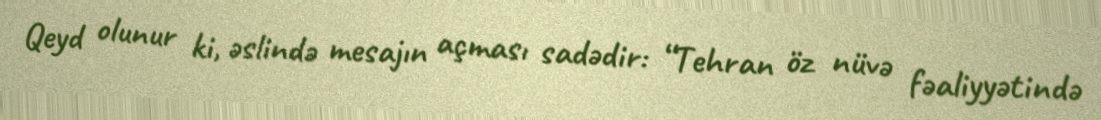
Qeyd olunur ki, əslində mesajın açması sadədir: “Tehran öz nüvə fəaliyyətində